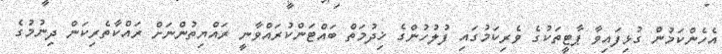
އެހެންކަމުން ގުޅިފައިވާ ޕާޓީތަކުގެ ވެރިކަމުގައި ފުލުހުންގެ ޚިދުމަތް ބައްޓަންކުރައްވާނީ ރައްޔިތުންނަށް ރައްކާތެރިކަން ދިނުމުގެ